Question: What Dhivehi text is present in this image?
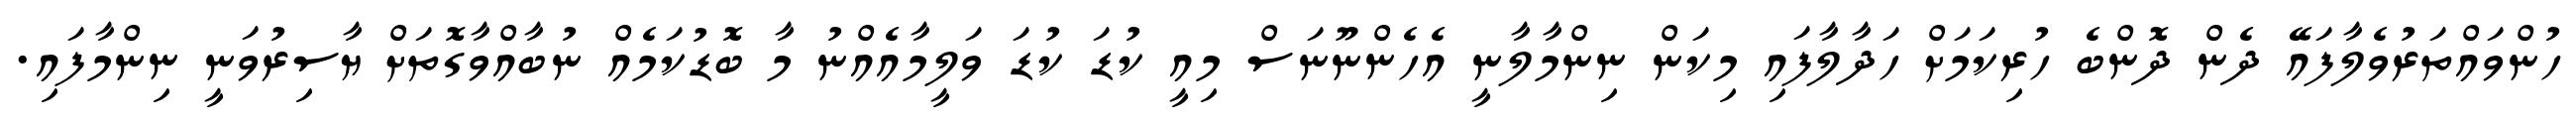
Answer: ހުންވައްތަރުވެލާފައޭ ދެން ދޮންބެ ހުރިކަމަށް ހަދާލާފައި މިކަން ނިންމާލާނީ އެހެންނޫނަސް މިއީ ކުޑަ ކުޑަ ވަލީމާއެއްނު މާ ބޮޑުކަމެއް ނުބާއްވާގޮތަށް ޔާސިރުވަނީ ނިންމާފައި.